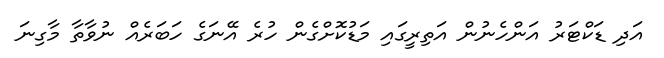
އަދި ޑަކްޓަރު އަންހެނުން އަތިރީގައި މަޑުކޮށްގެން ހުރެ އޭނަގެ ހަބަރެއް ނުވާތާ މާގިނަ